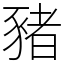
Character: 豬